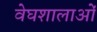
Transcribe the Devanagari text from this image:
वेघशालाओं